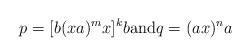
LaTeX: \begin{align*}p=[b (xa)^m x]^k b \mbox{and} q = (ax)^n a\end{align*}